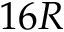
1 6 R